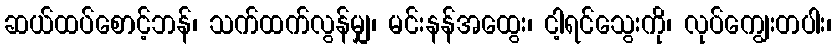
ဆယ်ထပ်စောင့်ဘန်၊ သက်ထက်လွန်မျှ၊ မင်းနန်အထွေး၊ ငါ့ရင်သွေးကို၊ လုပ်ကျွေးတပါး၊